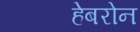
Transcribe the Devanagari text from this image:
हेबरोन